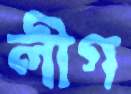
লীগ